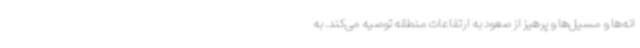
انه‌ها و مسیل‌ها و پرهیز از صعود به ارتفاعات منطقه توصیه می‌کند. به